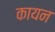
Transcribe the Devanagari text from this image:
कायन